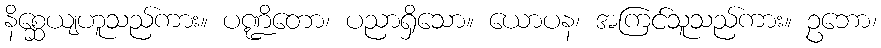
နိစ္ဆေယျဟူသည်ကား။ ပဏ္ဍိတော၊ ပညာရှိသော။ ယောပန၊ အကြင်သူသည်ကား။ ဥဘော၊